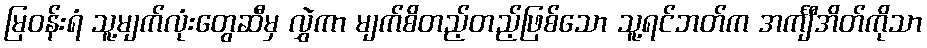
မြဝန်းရံ သူ့မျက်လုံးတွေဆီမှ လွှဲကာ မျက်စိတည့်တည့်ဖြစ်သော သူ့ရင်ဘတ်က အင်္ကျီအိတ်ကိုသာ